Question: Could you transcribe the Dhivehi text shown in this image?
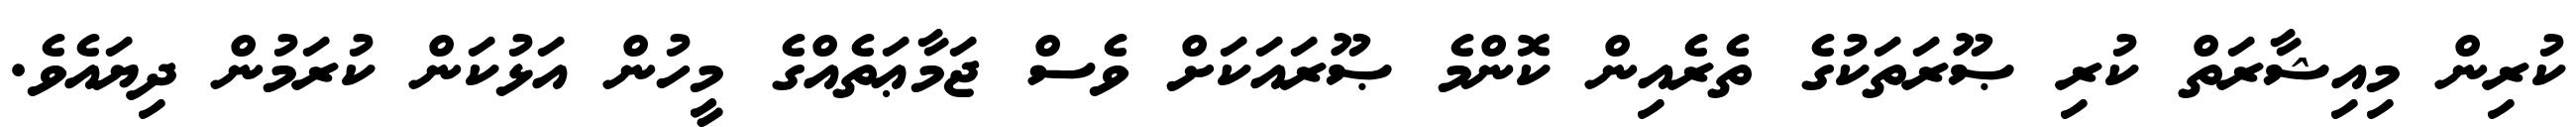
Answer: ކުރިން މިއިޝާރަތް ކުރި ޞޫރަތަކުގެ ތެރެއިން ކޮންމެ ޞޫރައަކަށް ވެސް ޖަމާޢަތެއްގެ މީހުން އަޅުކަން ކުރަމުން ދިޔައެވެ.